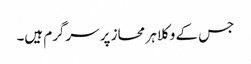
جس کے وکلا ہر محاز پر سرگرم ہیں۔